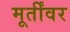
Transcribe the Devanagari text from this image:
मूर्तींवर